Document type: Sale
Year: 1499
Scribe: Joan Martínez de Sòria
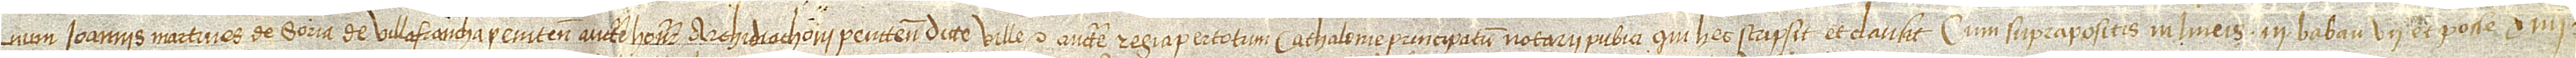
num Ioannis Martines de Soria, de Villafrancha Penitensis, auctoritate honorabilis archidiaconi Penitensis dicte ville et auctoritate regia per totum Cathalonie Principatum notarii publici, qui hec scripsit et clausit cum suprapositis in lineis III, “Babau”, VII, “et posse”, XIIII,